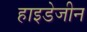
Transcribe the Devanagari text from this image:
हाइडेजीन